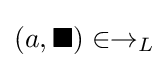
(a,\blacksquare )\in \rightarrow _{L}